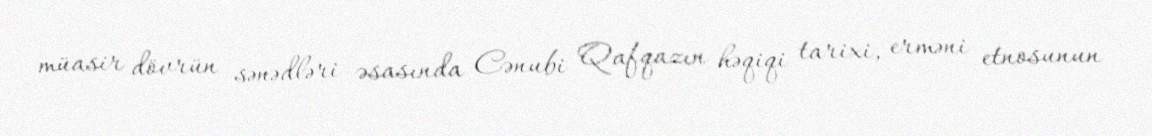
müasir dövrün sənədləri əsasında Cənubi Qafqazın həqiqi tarixi, erməni etnosunun